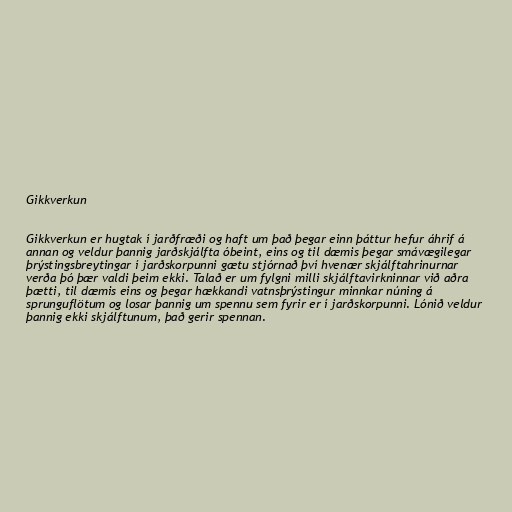
Gikkverkun

Gikkverkun er hugtak í jarðfræði og haft um það þegar einn þáttur hefur áhrif á
annan og veldur þannig jarðskjálfta óbeint, eins og til dæmis þegar smávægilegar
þrýstingsbreytingar í jarðskorpunni gætu stjórnað því hvenær skjálftahrinurnar
verða þó þær valdi þeim ekki. Talað er um fylgni milli skjálftavirkninnar við aðra
þætti, til dæmis eins og þegar hækkandi vatnsþrýstingur minnkar núning á
sprunguflötum og losar þannig um spennu sem fyrir er í jarðskorpunni. Lónið veldur
þannig ekki skjálftunum, það gerir spennan.